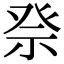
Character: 𥙊